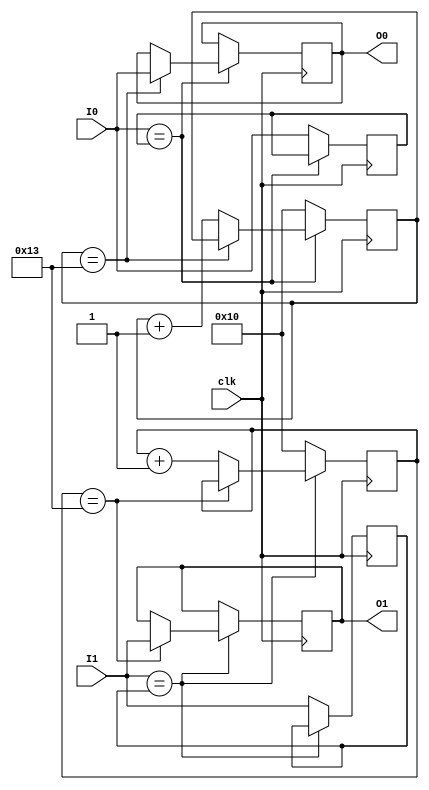
`timescale 1ns / 1ps
//////////////////////////////////////////////////////////////////////////////////
// Company: 
// Engineer: 
// 
// Design Name: 
// Module Name: keyboard_debouncer
// Project Name: 
// Target Devices: 
// Tool Versions: 
// Description: 
// 
// Dependencies: 
// 
// Revision:
// Revision 0.01 - File Created
// Additional Comments:
// 
//////////////////////////////////////////////////////////////////////////////////


module keyboard_debouncer(

    input clk,
    input I0,
    input I1,
    output reg O0,
    output reg O1
    );
    
    reg [4:0]cnt0, cnt1;
    reg Iv0=0,Iv1=0;
    reg out0, out1;
    
always@(posedge(clk))begin
    if (I0==Iv0)begin
        if (cnt0==19)O0<=I0;
        else cnt0<=cnt0+1;
      end
    else begin
        cnt0<="00000";
        Iv0<=I0;
    end
    if (I1==Iv1)begin
            if (cnt1==19)O1<=I1;
            else cnt1<=cnt1+1;
          end
        else begin
            cnt1<="00000";
            Iv1<=I1;
        end
    end
    
endmodule